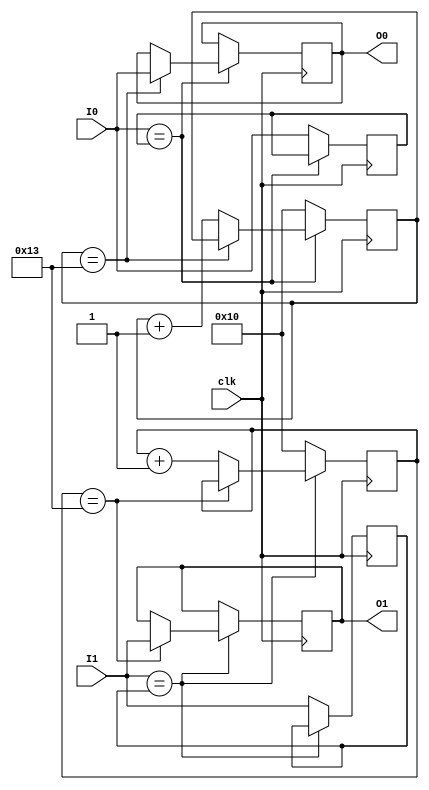
`timescale 1ns / 1ps
//////////////////////////////////////////////////////////////////////////////////
// Company: 
// Engineer: 
// 
// Design Name: 
// Module Name: keyboard_debouncer
// Project Name: 
// Target Devices: 
// Tool Versions: 
// Description: 
// 
// Dependencies: 
// 
// Revision:
// Revision 0.01 - File Created
// Additional Comments:
// 
//////////////////////////////////////////////////////////////////////////////////


module keyboard_debouncer(

    input clk,
    input I0,
    input I1,
    output reg O0,
    output reg O1
    );
    
    reg [4:0]cnt0, cnt1;
    reg Iv0=0,Iv1=0;
    reg out0, out1;
    
always@(posedge(clk))begin
    if (I0==Iv0)begin
        if (cnt0==19)O0<=I0;
        else cnt0<=cnt0+1;
      end
    else begin
        cnt0<="00000";
        Iv0<=I0;
    end
    if (I1==Iv1)begin
            if (cnt1==19)O1<=I1;
            else cnt1<=cnt1+1;
          end
        else begin
            cnt1<="00000";
            Iv1<=I1;
        end
    end
    
endmodule